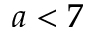
a < 7